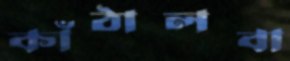
কাঁঠালবা